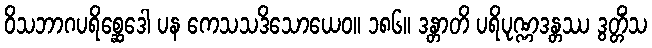
ဝိသဘာဂပရိစ္ဆေဒေါ ပန ကေသသဒိသောယေဝ။ ၁၈၆။ ဒန္တာတိ ပရိပုဏ္ဏဒန္တဿ ဒွတ္တိံသ